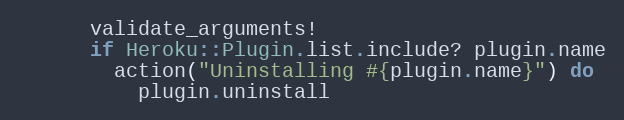
Language: Ruby
      validate_arguments!
      if Heroku::Plugin.list.include? plugin.name
        action("Uninstalling #{plugin.name}") do
          plugin.uninstall